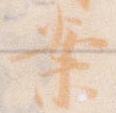
案